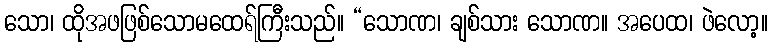
သော၊ ထိုအဖဖြစ်သောမထေရ်ကြီးသည်။ “သောဏ၊ ချစ်သား သောဏ။ အပေထ၊ ဖဲလော့။